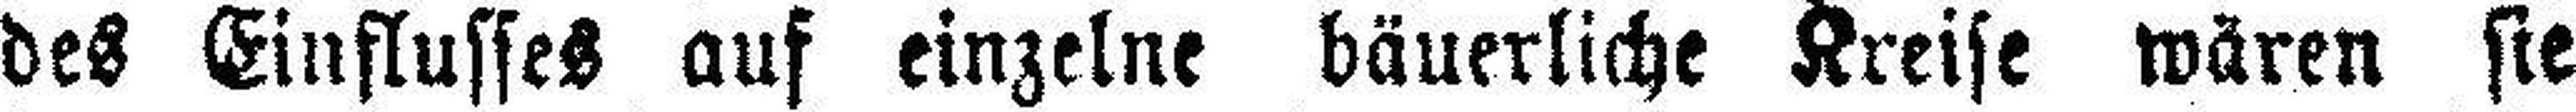
des Einflusses auf einzelne bäuerliche Kreise wären sie